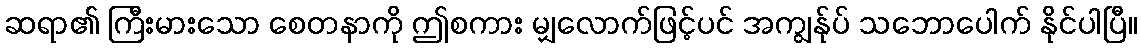
ဆရာ၏ ကြီးမားသော စေတနာကို ဤစကား မျှလောက်ဖြင့်ပင် အကျွန်ုပ် သဘောပေါက် နိုင်ပါပြီ။